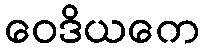
ဝေဒိယကေ